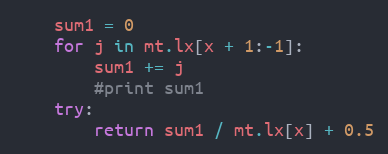
Language: Python
    sum1 = 0
    for j in mt.lx[x + 1:-1]:
        sum1 += j
        #print sum1
    try:
        return sum1 / mt.lx[x] + 0.5